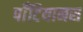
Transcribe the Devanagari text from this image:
पॉँटियानस